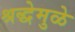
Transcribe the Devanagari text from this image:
श्रद्धेमुळे